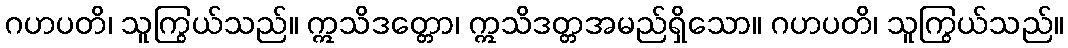
ဂဟပတိ၊ သူကြွယ်သည်။ ဣသိဒတ္တော၊ ဣသိဒတ္တအမည်ရှိသော။ ဂဟပတိ၊ သူကြွယ်သည်။